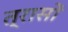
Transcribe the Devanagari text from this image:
त्रासों